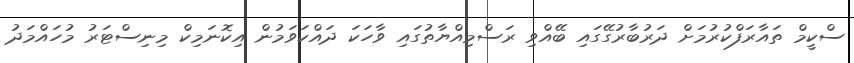
ސްކީމް ތައާރަފްކުރުމަށް ދަރުބާރުގޭގައި ބޭއްވި ރަސްމިއްޔާތުގައި ވާހަކަ ދައްކަވަމުން އިކޮނަމިކް މިނިސްޓަރު މުހައްމަދު